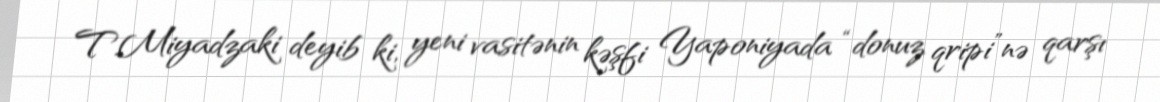
T.Miyadzaki deyib ki, yeni vasitənin kəşfi Yaponiyada “donuz qripi”nə qarşı